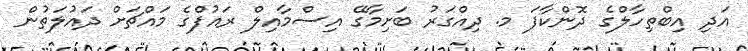
އަދި އިބްތިހާލްގެ ދޮންކާފަ މ. ދިއްގަރު ބަށިމާގޭ އިސްމާއިލް ރައުފްގެ މައްޗަށް ދައުލަތުން